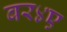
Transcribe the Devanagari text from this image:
बर४ए